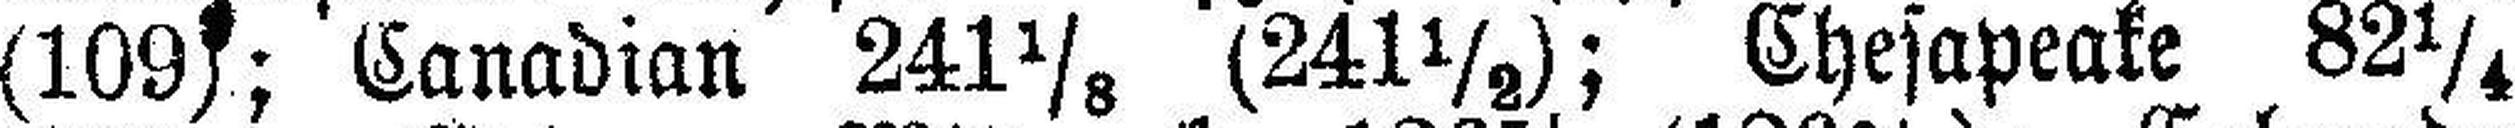
(109); Canadian 241 1/8 (241½); Chesapeake 82¼